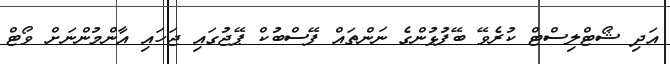
އަދި ޝޯޓްލިސްޓް ކުރެވޭ ބޭފުޅުންގެ ނަންތައް ފޭސްބުކް ޕޭޖުގައި ޖަހައި އާންމުންނަށް ވޯޓް